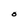
Character: O